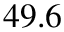
4 9 . 6